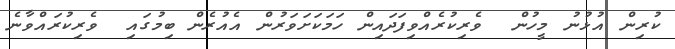
ކުރިން އުޅުނު މީހުން  ވެރިކުރެއްވިފަދައިން ހަމަކަށަވަރުން އެއުރެން ބިމުގައި  ވެރިކުރައްވާނެ